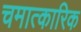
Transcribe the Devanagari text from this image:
चमात्कारिक